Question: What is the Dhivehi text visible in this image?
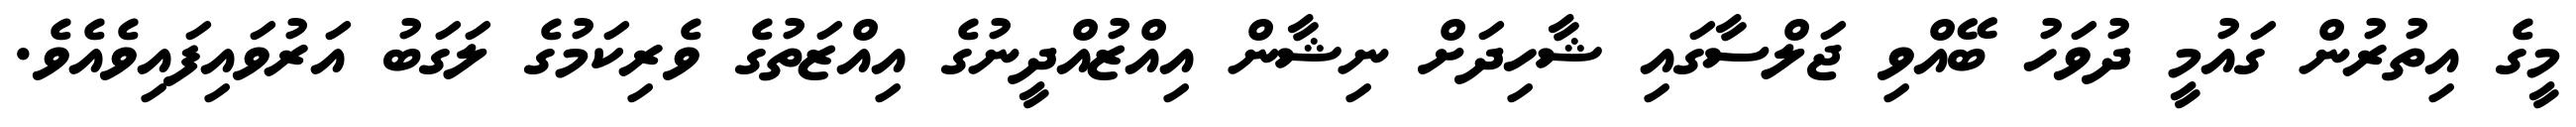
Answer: މީގެ އިތުރުން ގައުމީ ދުވަހު ބޭއްވި ޖަލްސާގައި ޝާހިދަށް ނިޝާން އިއްޒުއްދީނުގެ އިއްޒަތުގެ ވެރިކަމުގެ ލަގަބު އަރުވައިފައިވެއެވެ.